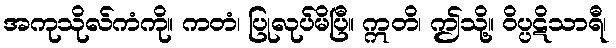
အကုသိုလ်ကံကို။ ကတံ၊ ပြုလုပ်မိပြီ။ ဣတိ၊ ဤသို့။ ဝိပ္ပဋိသာရီ၊